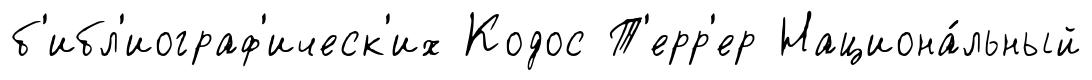
б'ибл'иограф'ическ'их Кодос Т'ерр'ер Национа́льный